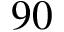
9 0